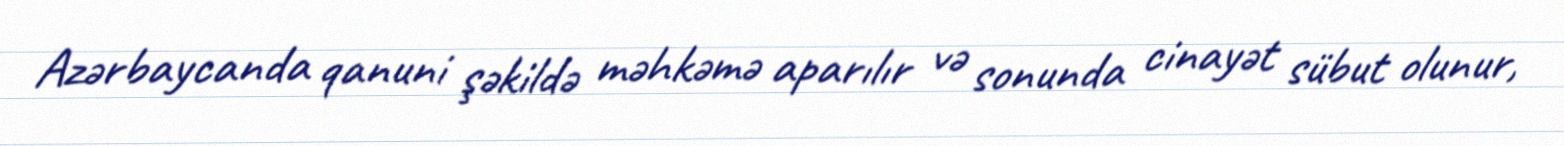
Azərbaycanda qanuni şəkildə məhkəmə aparılır və sonunda cinayət sübut olunur,